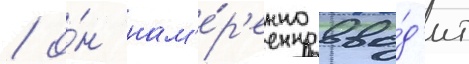
/ о́н нам'е́р'енно вво́д'ит